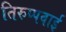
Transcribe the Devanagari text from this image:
तिरुप्पवाई